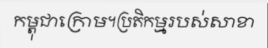
កម្ពុជាក្រោម។ប្រតិកម្មរបស់សាខា